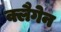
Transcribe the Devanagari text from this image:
क्लैगेन